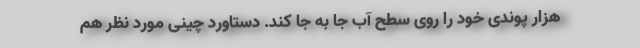
هزار پوندی خود را روی سطح آب جا به جا کند. دستاورد چینی مورد نظر هم